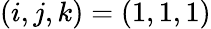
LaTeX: (i,j,k)=(1,1,1)